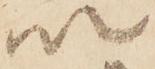
以